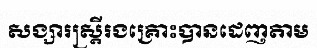
សង្សារស្ត្រីរងគ្រោះបានដេញតាម